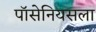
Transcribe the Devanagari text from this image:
पॉसेनियसला